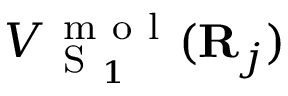
V _ { \mathrm { ~ S ~ } _ { 1 } } ^ { \mathrm { ~ m ~ o ~ l ~ } } ( { \bf { R } } _ { j } )